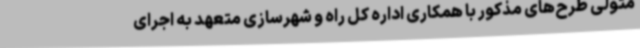
متولی طرح‌های مذکور با همکاری اداره کل راه و شهرسازی متعهد به اجرای